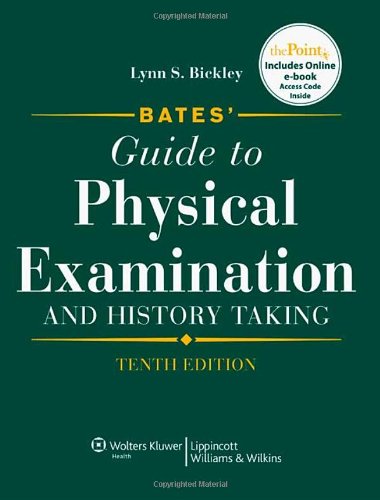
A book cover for Bates' Guide to Physical Examination and History Taking, 10th Edition; Lynn S. Bickley MD; Medical Books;